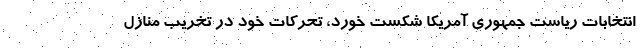
انتخابات ریاست جمهوری آمریکا شکست خورد، تحرکات خود در تخریب منازل